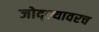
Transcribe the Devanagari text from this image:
जोद्ल्यावरच